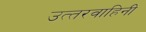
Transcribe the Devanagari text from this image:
उत्‍तरवाहिनी